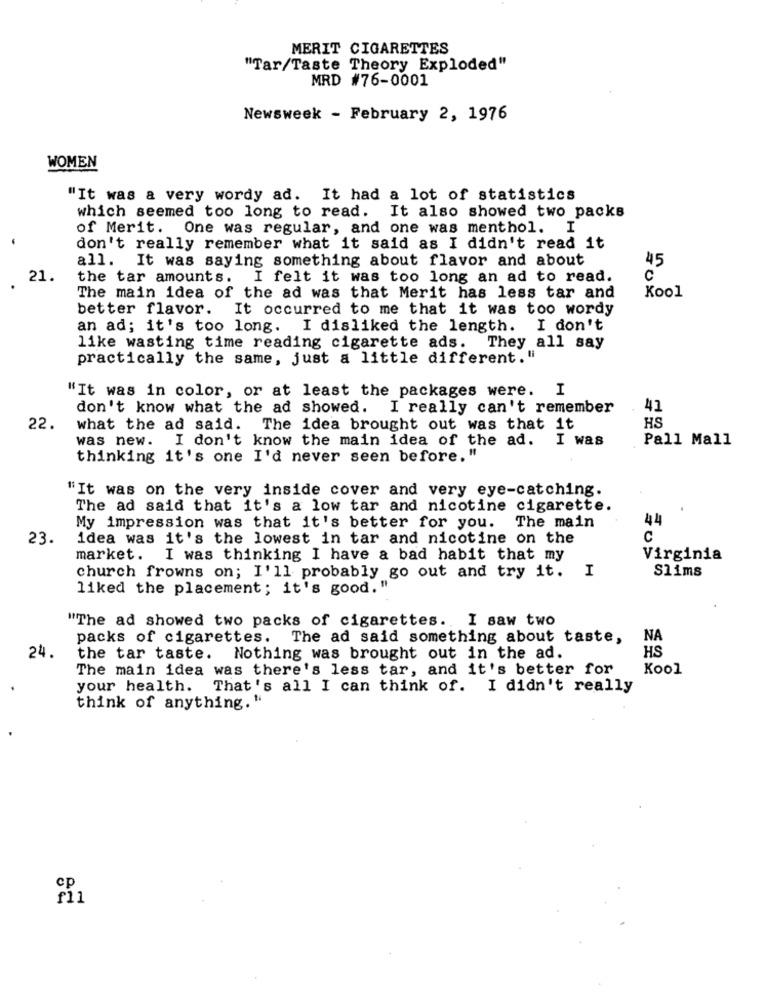
MERIT CIGARETTES
"Tar/Taste Theory Exploded"
MRD #76-0001
Newsweek - February 2, 1976
WOMEN
"It was a very wordy ad. It had a lot of statistics
which seemed too long to read. It also showed two packs
of Merit. One was regular, and one was menthol. I
don't really remember what it said as I didn't read it
all. It was saying something about flavor and about
45
21.
the tar amounts. I felt it was too long an ad to read.
C
The main idea of the ad was that Merit has less tar and
Kool
better flavor. It occurred to me that it was too wordy
an ad; it's too long. I disliked the length. I don't
like wasting time reading cigarette ads. They all say
practically the same, just a little different. "
"It was in color, or at least the packages were. I
don't know what the ad showed. I really can't remember
41
22.
what the ad said. The idea brought out was that it
HS
was new. I don't know the main idea of the ad. I was
Pall Mall
thinking it's one I'd never seen before. "
"It was on the very inside cover and very eye-catching.
The ad said that it's a low tar and nicotine cigarette.
44
My impression was that it's better for you. The main
23.
idea was it's the lowest in tar and nicotine on the
C
market. I was thinking I have a bad habit that my
Virginia
Slims
church frowns on; I'll probably go out and try it. I
liked the placement; it's good. "
"The ad showed two packs of cigarettes. I saw two
packs of cigarettes. The ad said something about taste,
NA
HS
24.
the tar taste. Nothing was brought out in the ad.
The main idea was there's less tar, and it's better for
Kool
your health. That's all I can think of. I didn't really
think of anything. "
cp
f11